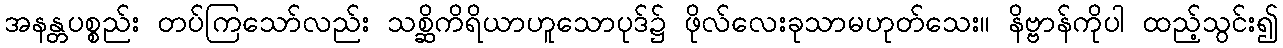
အနန္တပစ္စည်း တပ်ကြသော်လည်း သစ္ဆိကိရိယာဟူသောပုဒ်၌ ဖိုလ်လေးခုသာမဟုတ်သေး။ နိဗ္ဗာန်ကိုပါ ထည့်သွင်း၍